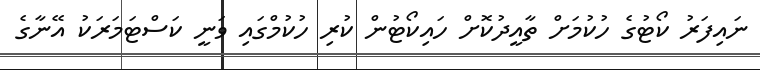
ނައިފަރު ކޯޓުގެ ހުކުމަށް ތާއީދުކޮށް ހައިކޯޓުން ކުރި ހުކުމްގައި ވަނީ ކަސްޓަމަރަކު އޭނާގެ